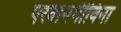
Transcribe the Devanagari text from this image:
परवानगीविना